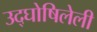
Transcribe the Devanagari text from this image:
उद्‌घोषिलेली